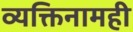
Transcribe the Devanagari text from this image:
व्यक्तिनामही